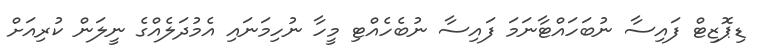
ޑިޕޮޒިޓް ފައިސާ ނުބަހައްޓާނަމަ ފައިސާ ނުބެހެއްޓި މީހާ ނުހިމަނައި އެމުދަލެއްގެ ނީލަން ކުރިއަށް